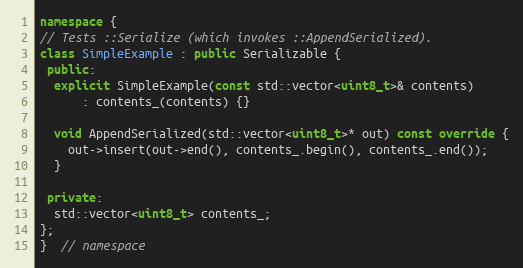
Language: C++
namespace {
// Tests ::Serialize (which invokes ::AppendSerialized).
class SimpleExample : public Serializable {
 public:
  explicit SimpleExample(const std::vector<uint8_t>& contents)
      : contents_(contents) {}

  void AppendSerialized(std::vector<uint8_t>* out) const override {
    out->insert(out->end(), contents_.begin(), contents_.end());
  }

 private:
  std::vector<uint8_t> contents_;
};
}  // namespace